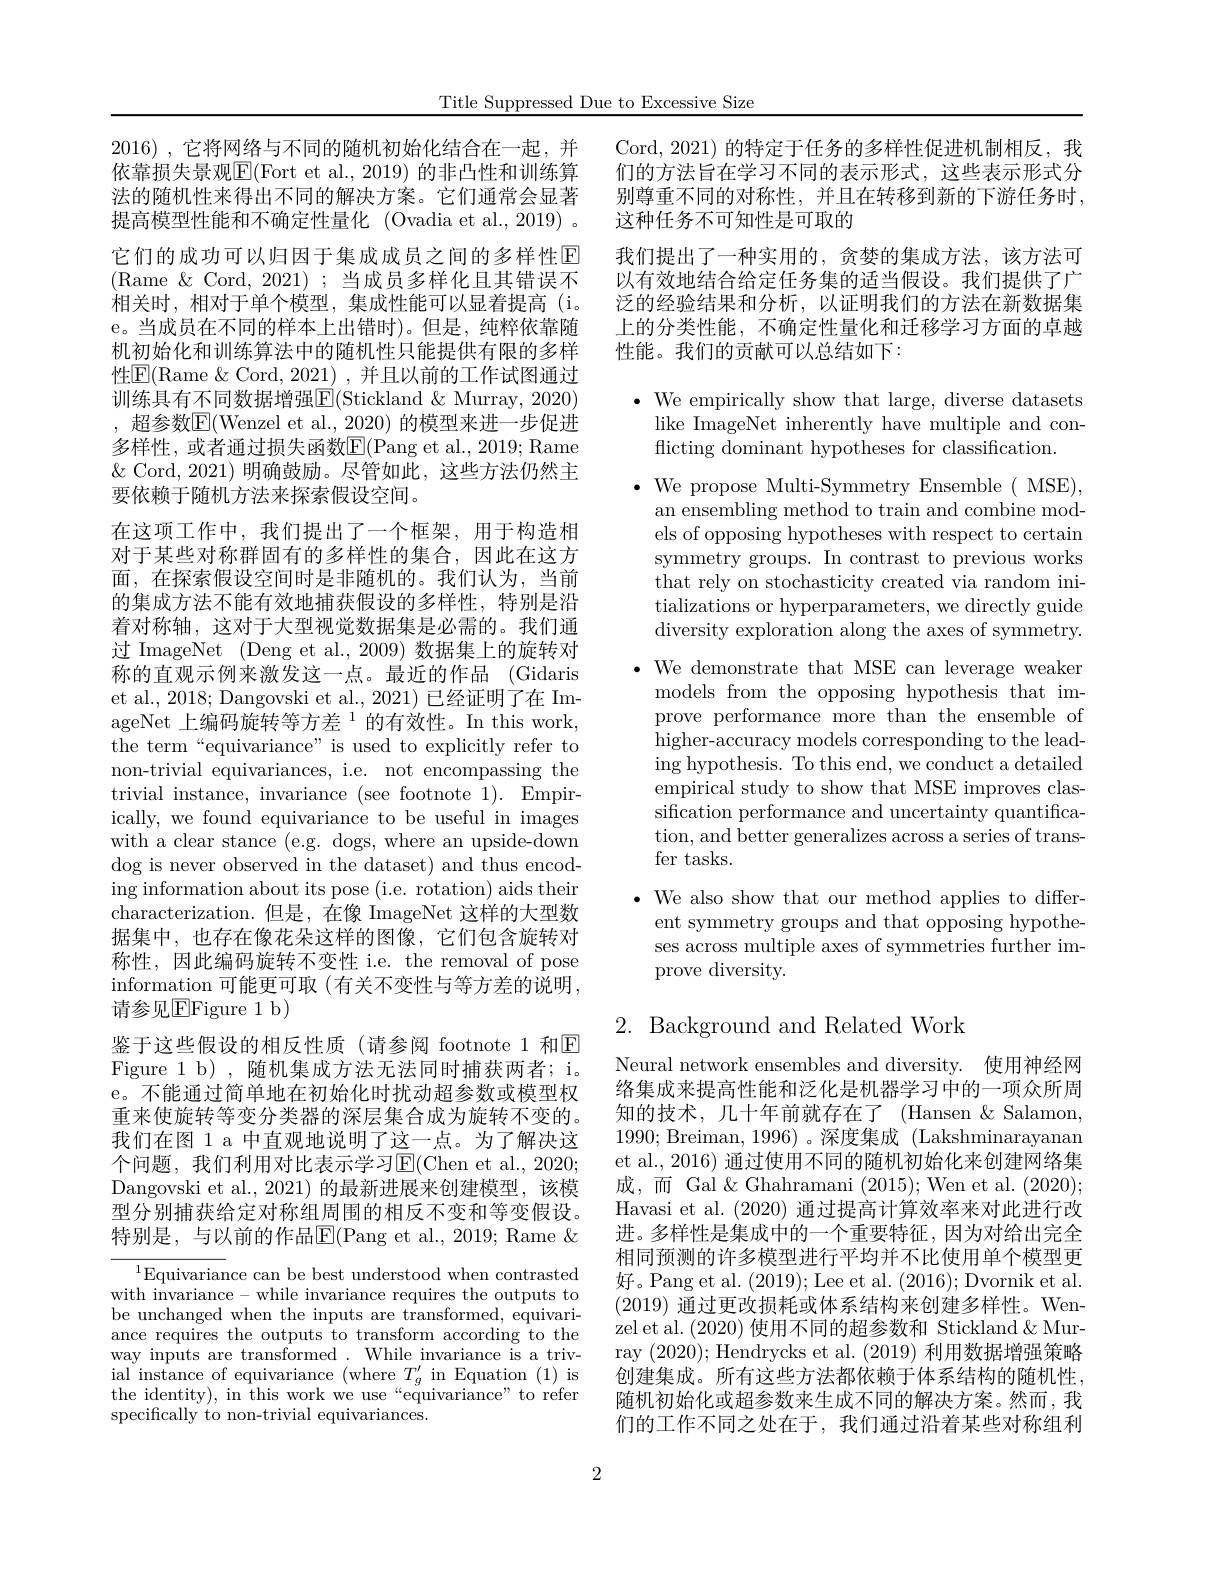
Title Suppressed Due to Excessive Size

2016) , 它将网络与不同的随机初始化结合在一起，并依靠损失景观$\boxed{\mathrm{E}}($Fort et al., 2019) 的非凸性和训练算法的随机性来得出不同的解决方案。它们通常会显著提高模型性能和不确定性量化 (Ovadia et al.,2019) 。它们的成功可以归因于集成成员之间的多样性$\mathbb{E}$ (Rame$\&$Cord,2021);当成员多样化且其错误不相关时，相对于单个模型，集成性能可以显着提高(i。e。当成员在不同的样本上出错时)。但是，纯粹依靠随机初始化和训练算法中的随机性只能提供有限的多样性$\boxed{\mathrm{E}}($Rame &Cord, 2021) , 并且以前的工作试图通过训练具有不同数据增强$\boxed{\mathrm{F}}($Stickland &Murray, 2020) ,超参数$\boxed{\mathrm{E}}($Wenzel et al., 2020) 的模型来进一步促进多样性，或者通过损失函数E(Pang et al., 2019; Rame $\&$ Cord, 2021) 明确鼓励。尽管如此，这些方法仍然主要依赖于随机方法来探索假设空间。
在这项工作中，我们提出了一个框架，用于构造相对于某些对称群固有的多样性的集合，因此在这方面，在探索假设空间时是非随机的。我们认为，当前的集成方法不能有效地捕获假设的多样性，特别是沿着对称轴，这对于大型视觉数据集是必需的。我们通过 ImageNet (Deng et al., 2009) 数据集上的旋转对称的直观示例来激发这一点。最近的作品 (Gidaris et al., 2018; Dangovski et al., 2021) 已经证明了在 ImageNet 上编码旋转等方差$^1$的有效性。In this work, the term“equivariance” is used to explicitly refer to non-trivial equivariances, i.e. not encompassing the trivial instance, invariance (see footnote 1). Empirically, we found equivariance to be useful in images with a clear stance (e.g. dogs, where an upside-down dog is never observed in the dataset) and thus encoding information about its pose (i.e. rotation) aids their characterization.但是，在像 ImageNet 这样的大型数据集中，也存在像花朵这样的图像，它们包含旋转对称性，因此编码旋转不变性 i.e. the removal of pose information 可能更可取 (有关不变性与等方差的说明， 请参见$\operatorname{EFigure}$1 b)
鉴于这些假设的相反性质(请参阅 footnote 1 和☑ Figure 1 b),随机集成方法无法同时捕获两者；i。e。不能通过简单地在初始化时扰动超参数或模型权重来使旋转等变分类器的深层集合成为旋转不变的。我们在图 1 a 中直观地说明了这一点。为了解决这个问题，我们利用对比表示学习$\operatorname{E}($Chen et al.,2020; Dangovski et al., 2021) 的最新进展来创建模型，该模型分别捕获给定对称组周围的相反不变和等变假设。特别是，与以前的作品$\boxed{\mathrm{E}}($Pang et al., 2019; Rame $\&$
$^{1}$Equivariance can be best understood when contrasted

with invariance - while invariance requires the outputs to be unchanged when the inputs are transformed, equivariance requires the outputs to transform according to the way inputs are transformed . While invariance is a trivial instance of equivariance (where $T_g^{\prime}$ in Equation (1) is the identity), in this work we use“equivariance” to refer specifically to non-trivial equivariances.

Cord, 2021) 的特定于任务的多样性促进机制相反，我们的方法旨在学习不同的表示形式，这些表示形式分别尊重不同的对称性，并且在转移到新的下游任务时， 这种任务不可知性是可取的
我们提出了一种实用的，贪婪的集成方法，该方法可以有效地结合给定任务集的适当假设。我们提供了广泛的经验结果和分析，以证明我们的方法在新数据集上的分类性能，不确定性量化和迁移学习方面的卓越性能。我们的贡献可以总结如下：

$\bullet$ We empirically show that large, diverse datasets
like ImageNet inherently have multiple and con-
flicting dominant hypotheses for classification.

$\bullet$ We propose Multi-Symmetry Ensemble( MSE),
an ensembling method to train and combine models of opposing hypotheses with respect to certain symmetry groups. In contrast to previous works that rely on stochasticity created via random initializations or hyperparameters, we directly guide diversity exploration along the axes of symmetry.
·We demonstrate that MSE can leverage weaker
models from the opposing hypothesis that improve performance more than the ensemble of higher-accuracy models corresponding to the leading hypothesis. To this end, we conduct a detailed empirical study to show that MSE improves classification performance and uncertainty quantification, and better generalizes across a series of transfer tasks.

· We also show that our method applies to differ-
ent symmetry groups and that opposing hypotheses across multiple axes of symmetries further improve diversity.

# 2. Background and Related Work

Neural network ensembles and diversity. 使用神经网络集成来提高性能和泛化是机器学习中的一项众所周知的技术，几十年前就存在了 (Hansen $\&$ Salamon, 1990; Breiman, 1996)。深度集成 (Lakshminarayanan et al., 2016) 通过使用不同的随机初始化来创建网络集成，而 Gal $\&$ Ghahramani (2015);Wen et al.(2020); Havasi et al. (2020) 通过提高计算效率来对此进行改进。多样性是集成中的一个重要特征，因为对给出完全相同预测的许多模型进行平均并不比使用单个模型更好。Pang et al. (2019); Lee et al. (2016); Dvornik et al. (2019)通过更改损耗或体系结构来创建多样性。Wenzel et al.(2020) 使用不同的超参数和 Stickland & Murray (2020);Hendrycks et al. (2019)利用数据增强策略创建集成。所有这些方法都依赖于体系结构的随机性， 随机初始化或超参数来生成不同的解决方案。然而，我们的工作不同之处在于，我们通过沿着某些对称组利

2